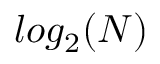
l o g _ { 2 } ( N )